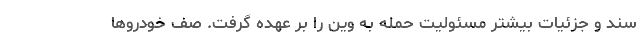
سند و جزئیات بیشتر مسئولیت حمله به وین را بر عهده گرفت. صف خودروها